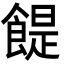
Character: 𩝊